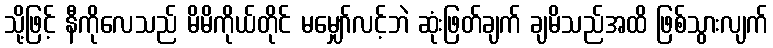
သို့ဖြင့် နီကိုလေသည် မိမိကိုယ်တိုင် မမျှော်လင့်ဘဲ ဆုံးဖြတ်ချက် ချမိသည်အထိ ဖြစ်သွားလျက်